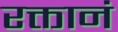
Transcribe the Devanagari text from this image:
रक्तानं